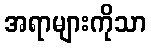
အရာများကိုသာ